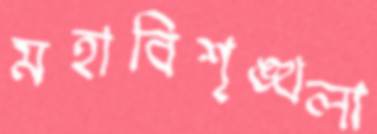
মহাবিশৃঙ্খলা